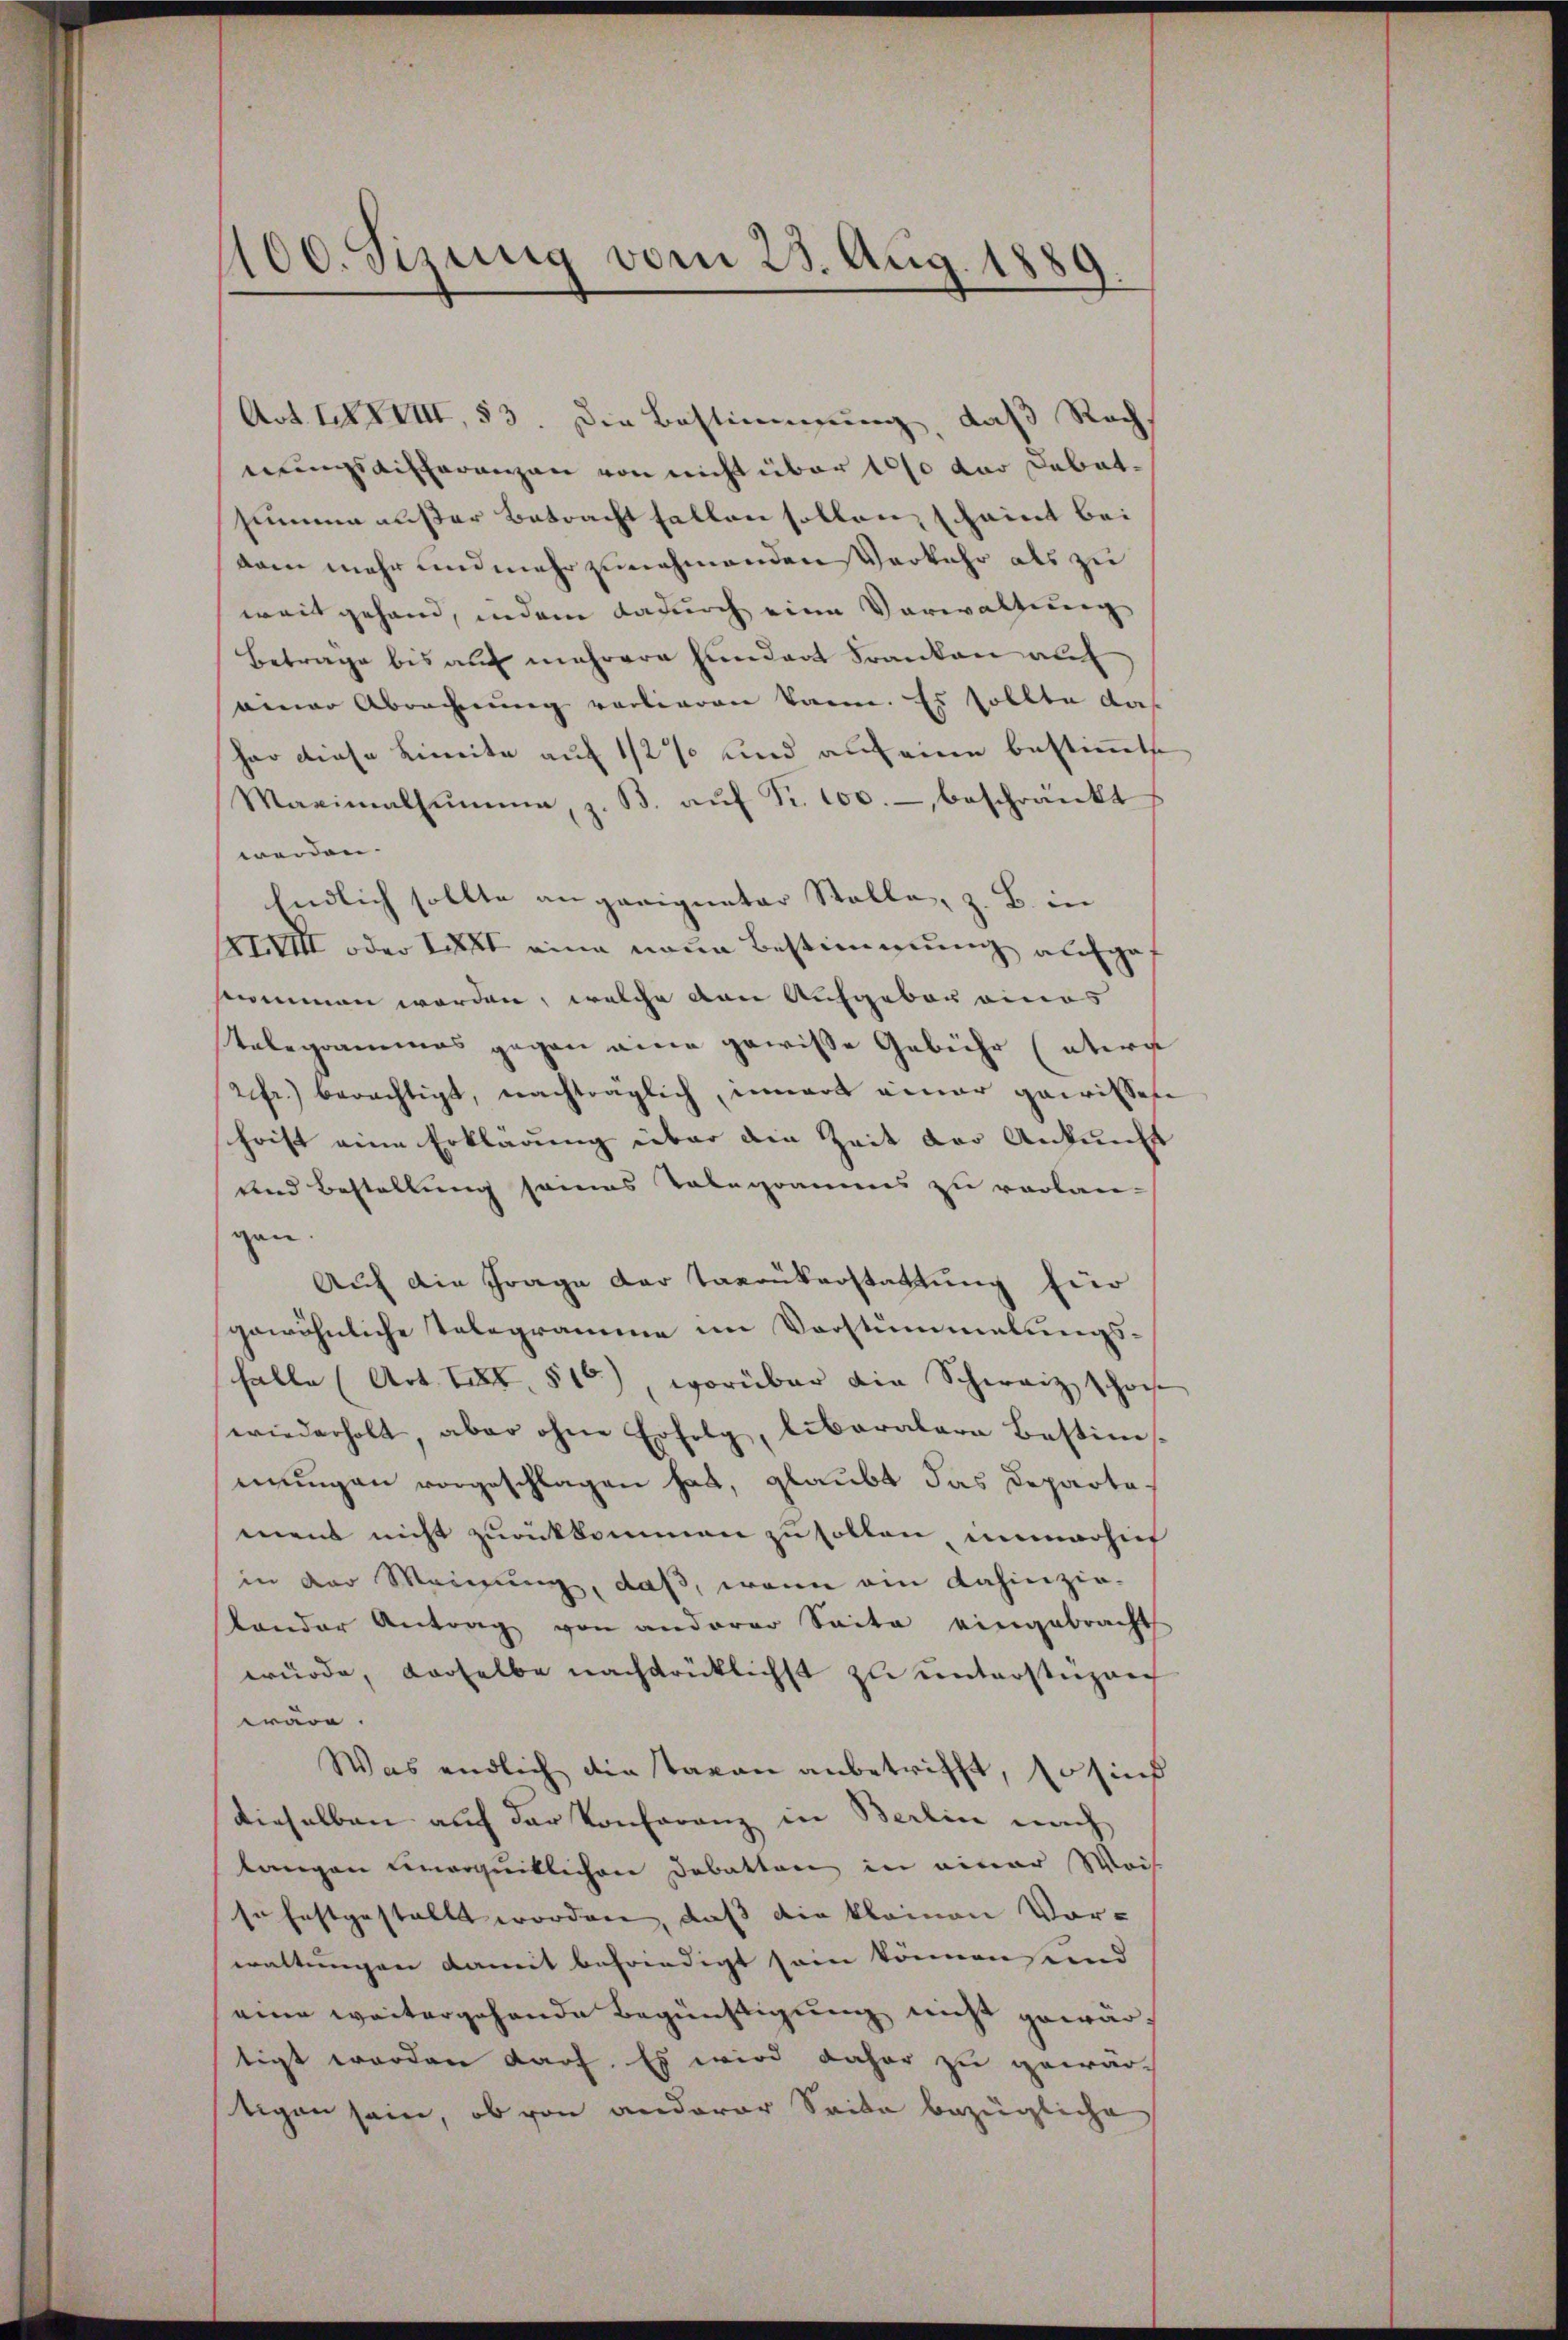
100. Sizung vom 23. Aug. 1889.

Act. LXXXVIII, 53. Die Bestimmung, daß Rech
nungsaufferenzen von nicht über 100 der Debatsumme außer Betracht fallen sollen, scheint bei
dam mehr und mehr zunehmenden Vorkehr als zu
weit gehand, indem dadurch eine Verwaltung
Betrage bis auf mehrere Fundart Franken auf
einer Abrechnung vorlieren kann. Es sollte das
har diese Limite auf 1/2 % und auf eine bestimmte
Maximalhŭmme, z. B. aŭf Fr. 100.- beschränkt
werden.
Endlich sollte an geeigneter Stelle, z. B. in
XXVIII oder XXXI eine neue Bestimmung aufgef
nommen worden, welche von Aufgebor eines
Telegrammes gegen eine gewisse Gebühr (etwa
2fr. berechtigt, nachträglich, innert einer gewissen
schrist eine Erklärung über die Zeit der Ankunft
und Bestellung seines Telegrames zu verlan-
gen.
Auf die Frage der Taxrükerstattung für
gewöhnliche Telegramme im Vorstümmelungsfalle (Art. 28t 816), worüber die Schweiz schon
wiederholt aber ohne Erfolg, liberalere Bestimmungen vorgeschlagen hat, glaubt das Departa
ment nicht zurückkommen zu sollen, immersich
in der Meinung, daß, wenn ein dahinzie-
Lander Antrag von anderer Saite eingebracht
würde, derselbe nachdrücklichst zu unterstüzen
wäre.
Was endlich die Taran anbetrifft, so sind
dieselben auf der Konferanz in Berlin nach
langen einerquitlichen Debatten in einer Weis
so festgestellt worden, daß die kleinen Vor-
waltungen damit befriedigt sein können und
eine weitergehende Begünstigung nicht gewärtigt werden darf. Es wird daher zu gewär-
tigen sein, ob von anderer Seite bezügliche